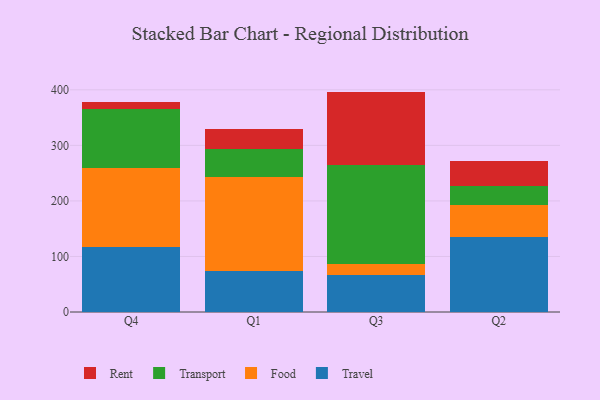
{"axis": {"x": "Quarter", "y": "Waste Production (Tons)"}, "legend": ["Food", "Rent", "Transport", "Travel"], "data": [{"x": "Q4", "y": 116.9, "type": "Travel"}, {"x": "Q4", "y": 141.5, "type": "Food"}, {"x": "Q4", "y": 107.3, "type": "Transport"}, {"x": "Q4", "y": 12.5, "type": "Rent"}, {"x": "Q1", "y": 73.0, "type": "Travel"}, {"x": "Q1", "y": 170.6, "type": "Food"}, {"x": "Q1", "y": 49.3, "type": "Transport"}, {"x": "Q1", "y": 37.1, "type": "Rent"}, {"x": "Q3", "y": 66.0, "type": "Travel"}, {"x": "Q3", "y": 20.2, "type": "Food"}, {"x": "Q3", "y": 177.9, "type": "Transport"}, {"x": "Q3", "y": 132.7, "type": "Rent"}, {"x": "Q2", "y": 134.2, "type": "Travel"}, {"x": "Q2", "y": 58.9, "type": "Food"}, {"x": "Q2", "y": 33.3, "type": "Transport"}, {"x": "Q2", "y": 45.9, "type": "Rent"}]}